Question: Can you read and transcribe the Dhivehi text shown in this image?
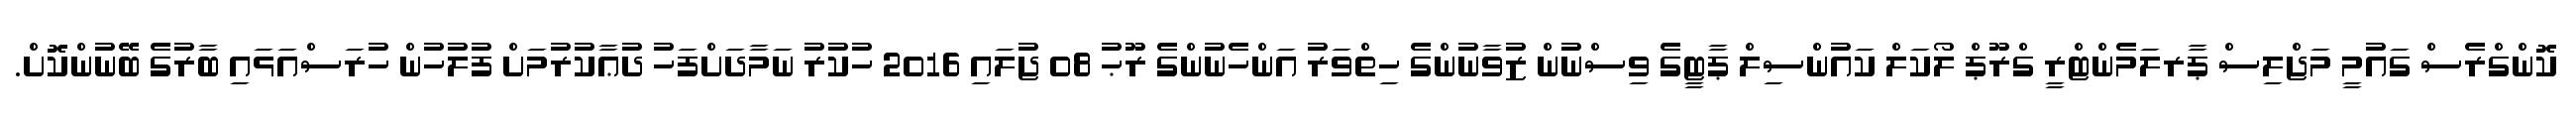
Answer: ކޮންގްރެސް ގައުމީ މަޖްލިސް ޕާރލަމެންޓްރީ ގްރޫޕް ލޯކަލް ކައުންސިލް ޕާޓީގެ ވިސްނުން ޒުވާނުންގެ ހިތްވަރު އަންހެނުންގެ ރޫޙު 08 ޖުލައި 2016 ހުކުރު ނަމާދަށްފަހު ދުޢާކުރުމަށް ފުލުހުން ހުރަސްއަޅައި ބާރުގެ ބޭނުންކޮށް.